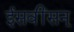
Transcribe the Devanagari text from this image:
ईसवींसन्